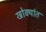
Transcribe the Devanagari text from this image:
खोक्यांत